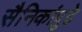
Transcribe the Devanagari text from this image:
सैनिकांपुढे